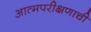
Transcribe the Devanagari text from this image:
आत्मपरीक्षणाची